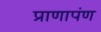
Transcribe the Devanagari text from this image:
प्राणापंण